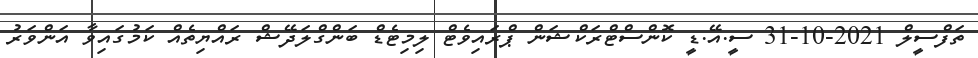
ތަފްސީލް 2021-10-31 ސީ.އޭ.ޑީ ކޮންސްޓްރަކްޝަން ޕްރައިވެޓް ލިމިޓެޑް ބަންގްލަދޭޝް ރައްޔިތެއް ކަމުގައިވާ އަންވަރު